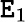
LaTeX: \mathtt{E}_{1}